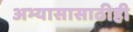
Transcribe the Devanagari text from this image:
अभ्यासासाठीही